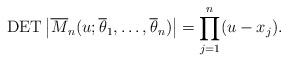
LaTeX: \begin{gather*}\operatorname{DET} \big | \overline{M}_n(u;\overline{\theta}_1,\ldots,\overline{\theta}_n)\big | = \prod_{j=1}^{n}(u-x_j).\end{gather*}